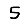
Digit: 5